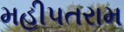
મહીપતરામ